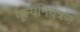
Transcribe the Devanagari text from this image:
मूल्यनियंत्रण